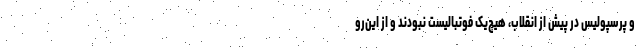
و پرسپولیس در پیش از انقلاب، هیچ‌یک فوتبالیست نبودند و از این‌رو